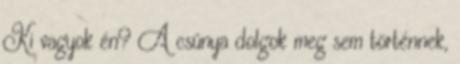
Ki vagyok én? A csúnya dolgok meg sem történnek,